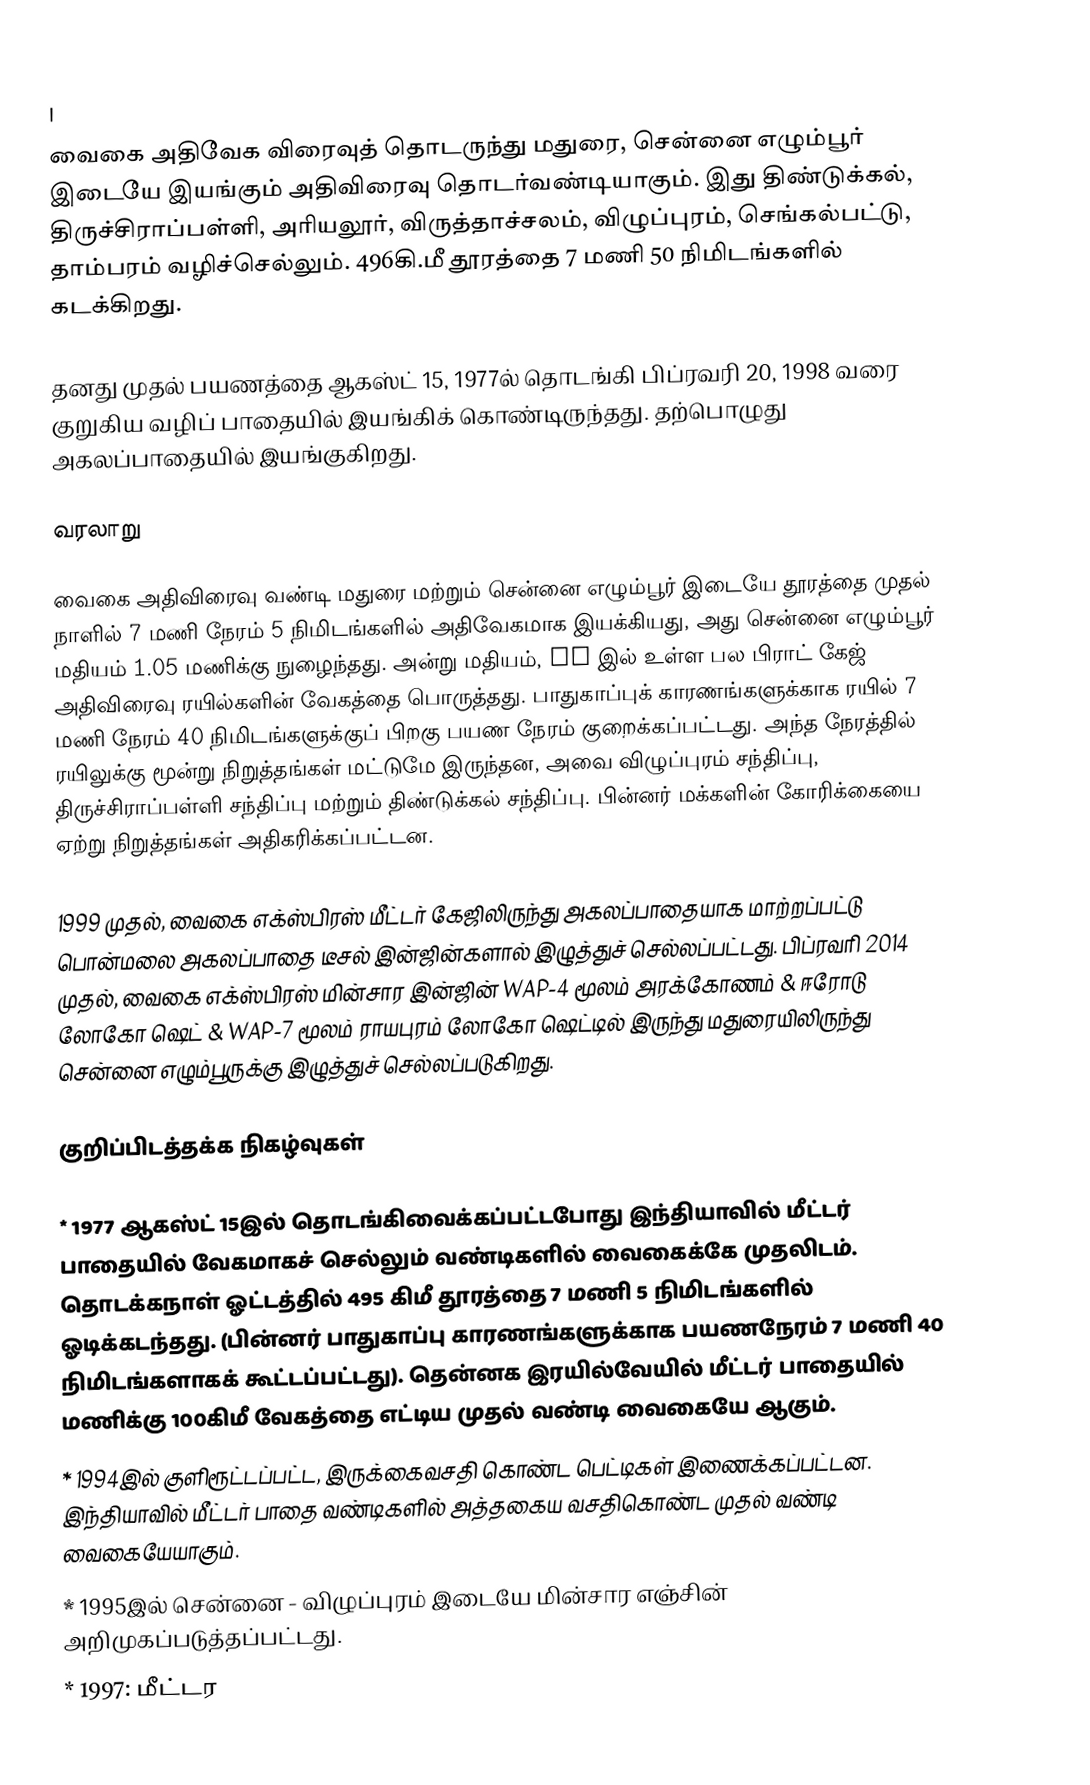
|
வைகை அதிவேக விரைவுத் தொடருந்து மதுரை, சென்னை எழும்பூர் இடையே இயங்கும் அதிவிரைவு தொடர்வண்டியாகும். இது திண்டுக்கல், திருச்சிராப்பள்ளி, அரியலூர், விருத்தாச்சலம், விழுப்புரம், செங்கல்பட்டு, தாம்பரம் வழிச்செல்லும். 496கி.மீ தூரத்தை 7 மணி 50 நிமிடங்களில் கடக்கிறது.

தனது முதல் பயணத்தை ஆகஸ்ட் 15, 1977ல் தொடங்கி பிப்ரவரி 20, 1998 வரை குறுகிய வழிப் பாதையில் இயங்கிக் கொண்டிருந்தது. தற்பொழுது அகலப்பாதையில் இயங்குகிறது.

வரலாறு

வைகை அதிவிரைவு வண்டி மதுரை மற்றும் சென்னை எழும்பூர் இடையே  தூரத்தை முதல் நாளில் 7 மணி நேரம் 5 நிமிடங்களில் அதிவேகமாக இயக்கியது, அது சென்னை எழும்பூர் மதியம் 1.05 மணிக்கு நுழைந்தது. அன்று மதியம், SR இல் உள்ள பல பிராட் கேஜ் அதிவிரைவு ரயில்களின் வேகத்தை பொருத்தது. பாதுகாப்புக் காரணங்களுக்காக ரயில் 7 மணி நேரம் 40 நிமிடங்களுக்குப் பிறகு பயண நேரம் குறைக்கப்பட்டது. அந்த நேரத்தில் ரயிலுக்கு மூன்று நிறுத்தங்கள் மட்டுமே இருந்தன, அவை விழுப்புரம் சந்திப்பு, திருச்சிராப்பள்ளி சந்திப்பு மற்றும் திண்டுக்கல் சந்திப்பு. பின்னர் மக்களின் கோரிக்கையை ஏற்று நிறுத்தங்கள் அதிகரிக்கப்பட்டன.

1999 முதல், வைகை எக்ஸ்பிரஸ் மீட்டர் கேஜிலிருந்து அகலப்பாதையாக மாற்றப்பட்டு பொன்மலை அகலப்பாதை டீசல் இன்ஜின்களால் இழுத்துச் செல்லப்பட்டது. பிப்ரவரி 2014 முதல், வைகை எக்ஸ்பிரஸ் மின்சார இன்ஜின் WAP-4 மூலம் அரக்கோணம் & ஈரோடு லோகோ ஷெட் & WAP-7 மூலம் ராயபுரம் லோகோ ஷெட்டில் இருந்து மதுரையிலிருந்து சென்னை எழும்பூருக்கு இழுத்துச் செல்லப்படுகிறது.

குறிப்பிடத்தக்க நிகழ்வுகள்

    * 1977 ஆகஸ்ட் 15இல் தொடங்கிவைக்கப்பட்டபோது இந்தியாவில் மீட்டர் பாதையில் வேகமாகச் செல்லும் வண்டிகளில் வைகைக்கே முதலிடம். தொடக்கநாள் ஓட்டத்தில் 495 கிமீ தூரத்தை 7 மணி 5 நிமிடங்களில் ஓடிக்கடந்தது. (பின்னர் பாதுகாப்பு காரணங்களுக்காக பயணநேரம் 7 மணி 40 நிமிடங்களாகக் கூட்டப்பட்டது). தென்னக இரயில்வேயில் மீட்டர் பாதையில் மணிக்கு 100கிமீ வேகத்தை எட்டிய முதல் வண்டி வைகையே ஆகும்.
    * 1994இல் குளிரூட்டப்பட்ட, இருக்கைவசதி கொண்ட பெட்டிகள் இணைக்கப்பட்டன. இந்தியாவில் மீட்டர் பாதை வண்டிகளில் அத்தகைய வசதிகொண்ட முதல் வண்டி வைகையேயாகும்.
    * 1995இல் சென்னை - விழுப்புரம் இடையே மின்சார எஞ்சின் அறிமுகப்படுத்தப்பட்டது.
    * 1997: மீட்டர